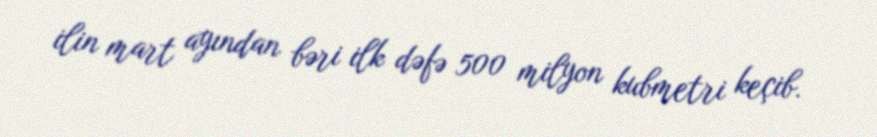
ilin mart ayından bəri ilk dəfə 500 milyon kubmetri keçib.